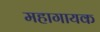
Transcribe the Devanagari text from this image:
महागायक